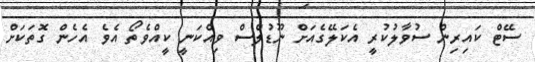
ސޭޓް ކައިރިން ސުވާލުކުރީ އެކަލޭގެއަށް ނޫޑުލްސް ވިއްކަނީ ކީއްވެތޯ އެވެ އެހެން ގޮތަކަށް